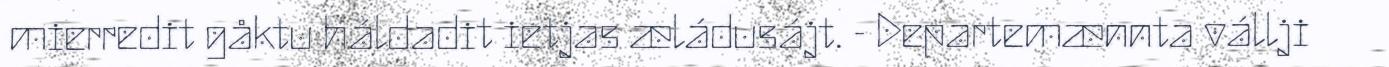
mierredit gåktu háldadit ietjas æládusájt. - Departemænnta vállji